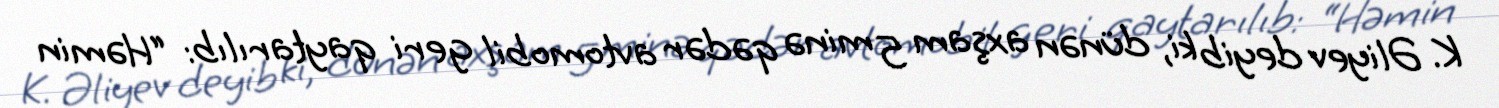
K. Əliyev deyib ki, dünən axşam 5 minə qədər avtomobil geri qaytarılıb: “Həmin